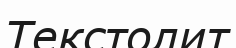
Текстолит